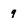
Character: 9